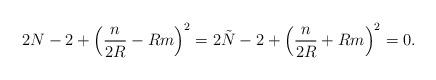
LaTeX: \begin{align*}2N -2 + \left( \frac{n}{2R} - Rm\right)^2 = 2\tilde{N} -2 +\left( \frac{n}{2R} + Rm\right)^2 = 0.\end{align*}